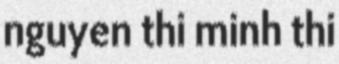
nguyen thi minh thi